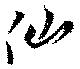
仙